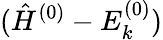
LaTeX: (\hat{H}^{(0)}-E_{k}^{(0)})